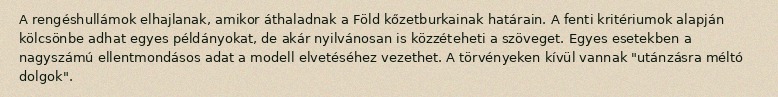
A rengéshullámok elhajlanak, amikor áthaladnak a Föld kőzetburkainak határain. A fenti kritériumok alapján kölcsönbe adhat egyes példányokat, de akár nyilvánosan is közzéteheti a szöveget. Egyes esetekben a nagyszámú ellentmondásos adat a modell elvetéséhez vezethet. A törvényeken kívül vannak "utánzásra méltó dolgok".